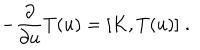
- \frac { \partial } { \partial u } T ( u ) = [ K , T ( u ) ] \; .